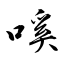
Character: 嗘